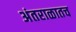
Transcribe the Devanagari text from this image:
अंतराळातच